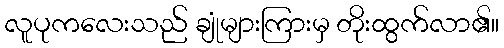
လူပုကလေးသည် ချုံများကြားမှ တိုးထွက်လာ၏။